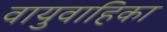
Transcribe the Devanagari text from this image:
वायुवाहिका